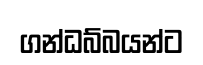
ගන්ධබ්බයන්ට